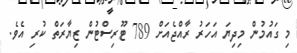
މި ގައުމުން މިދިޔަ އަހަރު ރާއްޖެއަށް 789 ޓޫރިސްޓުން ޒިޔާރަތް ކުރި އެވެ.